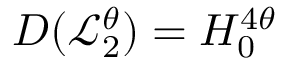
D ( \mathcal { L } _ { 2 } ^ { \theta } ) = H _ { 0 } ^ { 4 \theta }